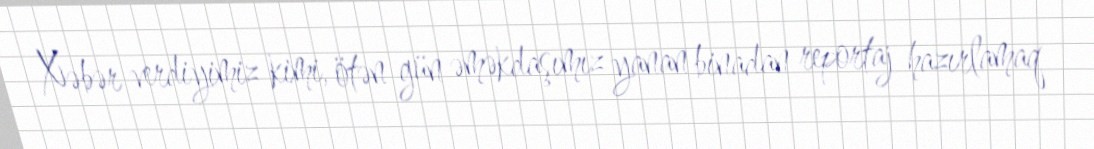
Xəbər verdiyimiz kimi, ötən gün əməkdaşımız yanan binadan reportaj hazırlamaq